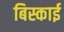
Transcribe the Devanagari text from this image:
बिस्काई